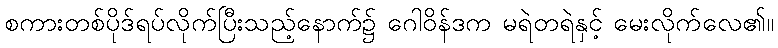
စကားတစ်ပိုဒ်ရပ်လိုက်ပြီးသည့်နောက်၌ ဂေါဝိန်ဒက မရဲတရဲနှင့် မေးလိုက်လေ၏။